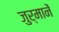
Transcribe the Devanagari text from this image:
जुर्मानें